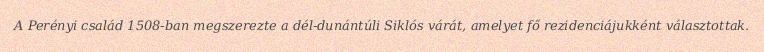
A Perényi család 1508-ban megszerezte a dél-dunántúli Siklós várát, amelyet fő rezidenciájukként választottak.